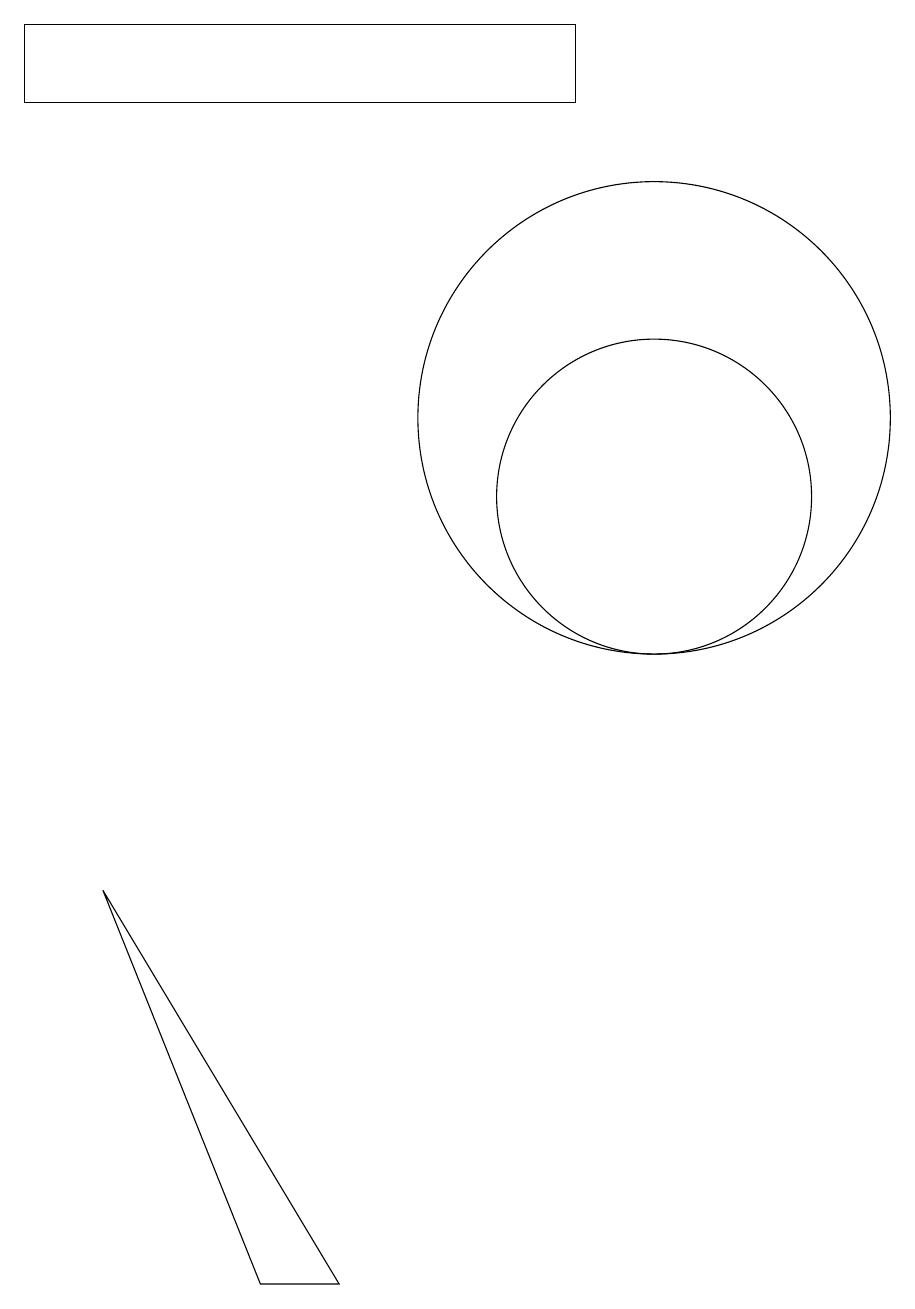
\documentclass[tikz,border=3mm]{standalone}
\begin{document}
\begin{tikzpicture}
\draw (3,6) -- (5,1) -- (6,1) -- cycle;
\draw (10,11) circle (2);
\draw (9,16) rectangle (2,17);
\draw (10,12) circle (3);
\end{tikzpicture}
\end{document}